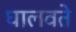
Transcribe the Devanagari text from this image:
घालवते